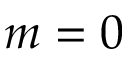
m = 0